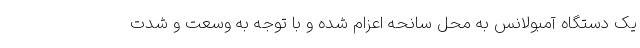
یک دستگاه آمبولانس به محل سانحه اعزام شده و با توجه به وسعت و شدت